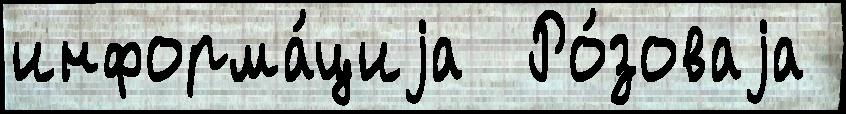
информа́циjа  Ро́зоваjа